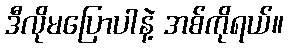
ဒီလိုမပြောပါနဲ့ အစ်ကိုရယ်။